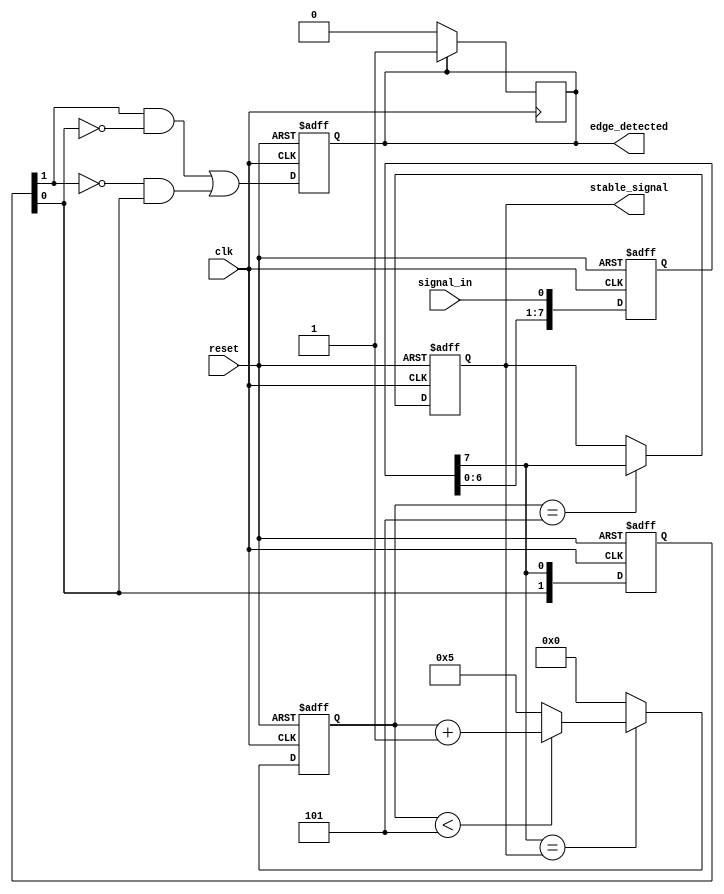
module debounced_edge_detector #(
    parameter SAMPLE_CYCLES = 8, // Number of clock cycles to sample
    parameter DEBOUNCE_COUNTS = 5 // Number of cycles for debounce confirmation
) (
    input wire clk,             // System clock
    input wire reset,           // Asynchronous reset
    input wire signal_in,       // Input signal (e.g., from a switch)
    output reg edge_detected,    // Output signal indicating the presence of an edge
    output reg stable_signal     // The debounced output signal
);

    reg [SAMPLE_CYCLES-1:0] samples; // Shift register for state sampling
    reg [SAMPLE_CYCLES-1:0] stable_cnt; // Counter to confirm stable state
    reg [SAMPLE_CYCLES-1:0] edge_state; // State for edge detection
    reg [1:0] current_state; // Current state (0: low, 1: high)

    // State Encoding
    localparam LOW_STATE = 2'b00;
    localparam HIGH_STATE = 2'b01;
    localparam STABLE_LOW = 2'b10;
    localparam STABLE_HIGH = 2'b11;

    // Sampling signal_in
    always @(posedge clk or posedge reset) begin
        if (reset) begin
            samples <= 0;
            edge_state <= 0;
            stable_cnt <= 0;
            current_state <= LOW_STATE;
            edge_detected <= 0;
            stable_signal <= 0;
        end else begin
            // Shift in the current signal
            samples <= {samples[SAMPLE_CYCLES-2:0], signal_in};
            // Edge detection logic
            edge_state <= {edge_state[0], samples[SAMPLE_CYCLES-1]};
            edge_detected <= (edge_state[1] && !edge_state[0]) || (!edge_state[1] && edge_state[0]);

            // Update stable count based on transitions
            if (samples[SAMPLE_CYCLES-1] == stable_signal) begin
                if (stable_cnt < DEBOUNCE_COUNTS)
                    stable_cnt <= stable_cnt + 1;
                else
                    stable_cnt <= DEBOUNCE_COUNTS; // Maintain stable state
            end else begin
                stable_cnt <= 0; // Reset counter on state change
            end
            
            // Update stable signal when count is confirmed
            if (stable_cnt == DEBOUNCE_COUNTS) begin
                stable_signal <= samples[SAMPLE_CYCLES-1];
            end
        end
    end

    // Detect edge output on the stable signal change
    always @(posedge clk) begin
        if (edge_detected) begin
            edge_detected <= 1; // Set edge detected flag
        end else if (current_state != {stable_signal, stable_signal}) begin
            edge_detected <= 0; // Reset edge detected if no change
        end
        current_state <= {stable_signal, stable_signal};
    end
    
endmodule